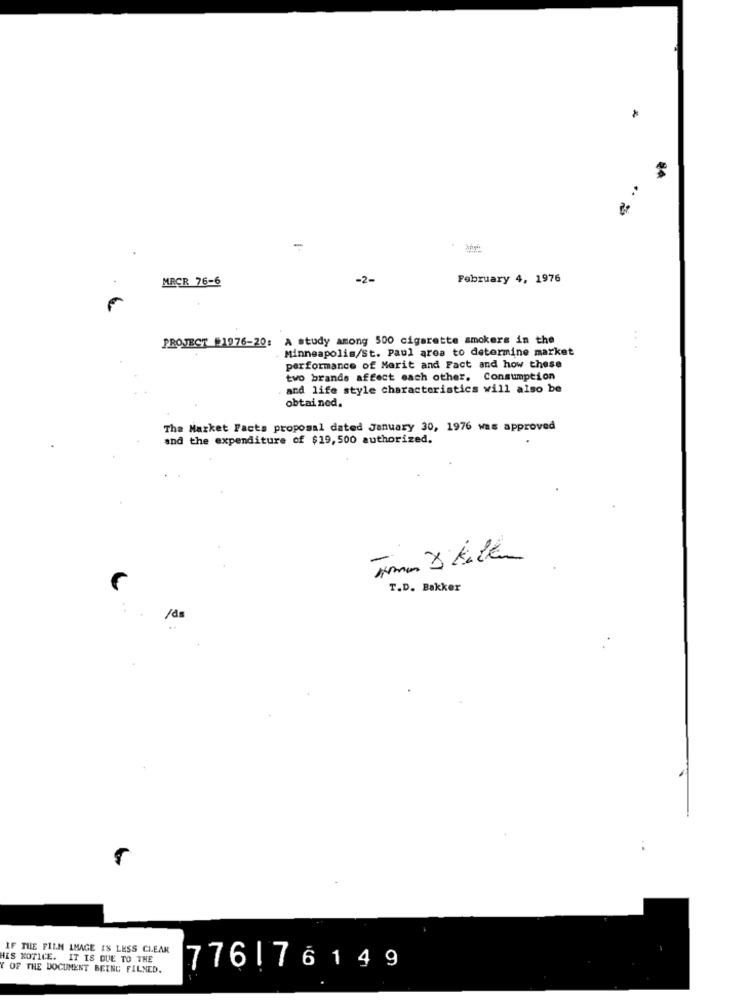
..
-
MRCR 76-6
-2-
February 4, 1976
PROJECT #1976-20: A study among 500 cigarette smokers in the
Minneapolis/St. Paul area to determine market
performance of Merit and Fact and how these
two brands affect each other. Consumption
and life style characteristics will also be
obtained.
The Market Facts proposal dated January 30, 1976 was approved
and the expenditure of $19, 500 authorized.
T.D. Bakker
:
/ds
IF THE FILM IMAGE IS LESS CLEAR
HIS NOTICE. IT IS DUE TO THE
OF THE DOCUMENT BEING FILNED.
776|76149